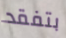
بتفقد